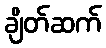
ချိတ်ဆက်